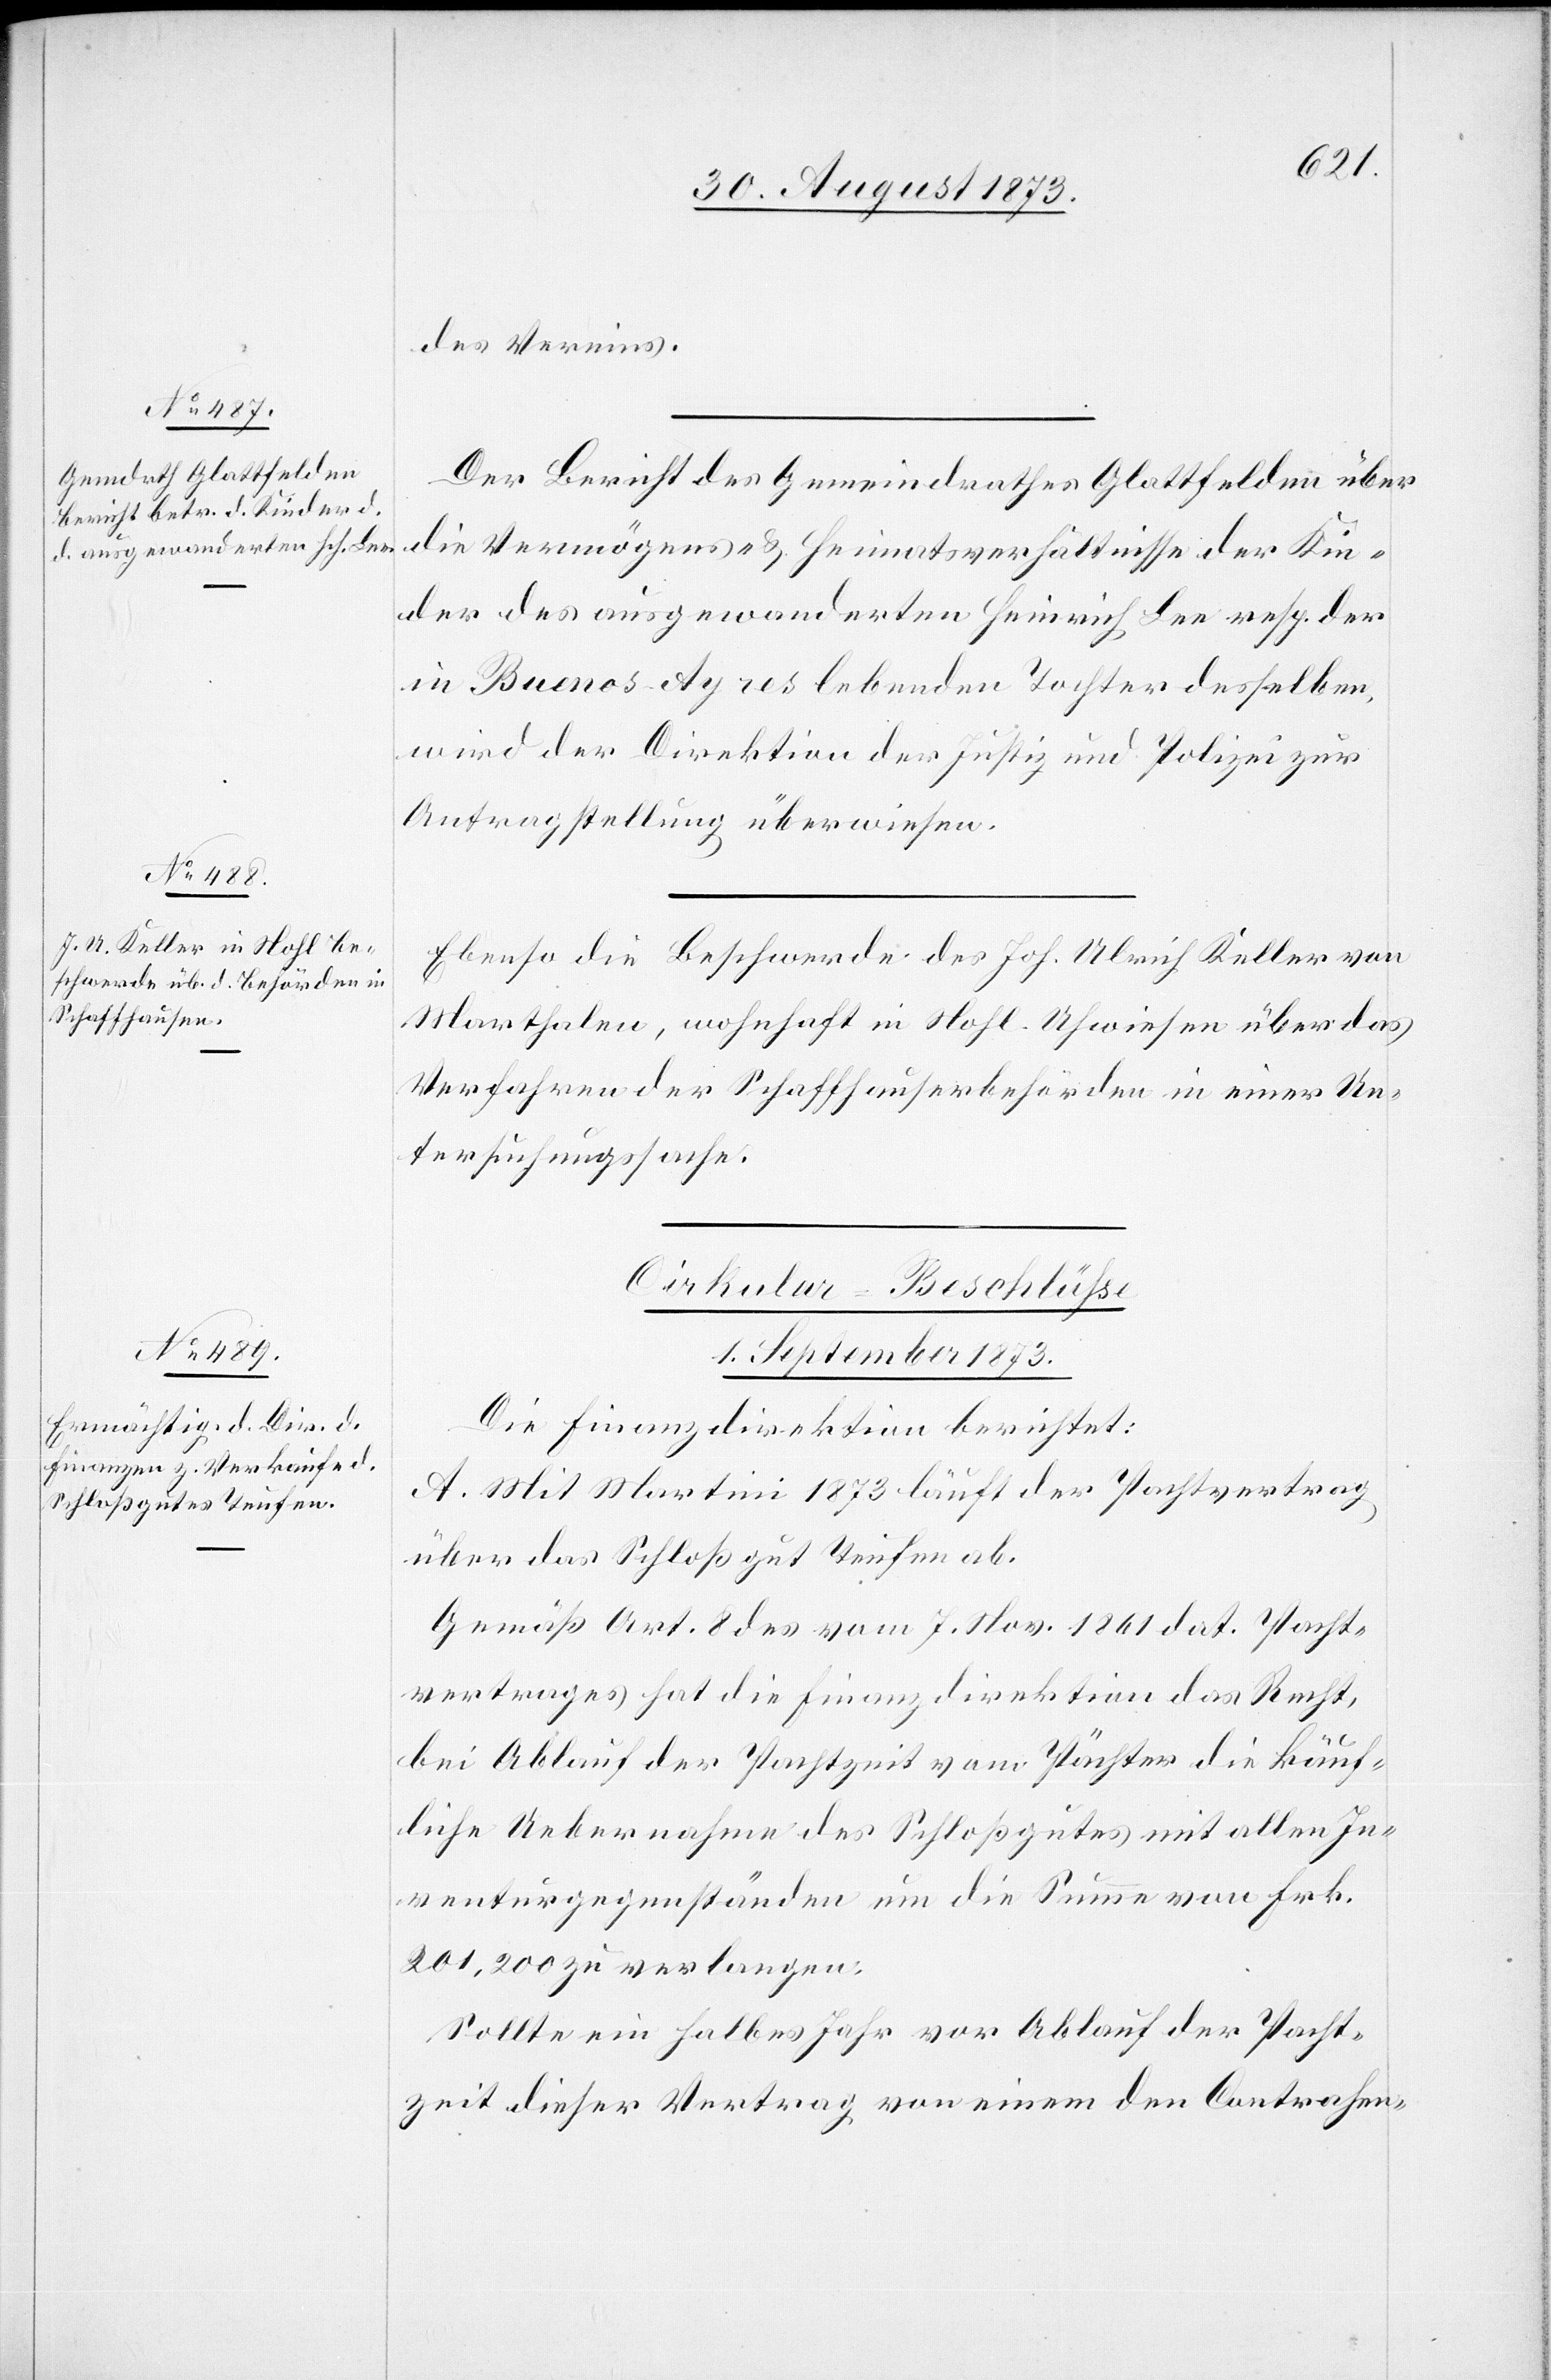
des Vereins.
Der Bericht des Gemeindrathes Glattfelden über
die Vermögens- & Heimatsverhältnisse der Kin¬
der des ausgewanderten Heinrich Lee resp. der
in Buenos-Ayres lebenden Tochter desselben,
wird der Direktion der Justiz und Polizei zur
Antragstellung überwiesen.
Ebenso die Beschwerde des Joh. Ulrich Keller von
Marthalen, wohnhaft in Nohl-Uhwiesen über das
Verfahren der Schaffhauserbehörden in einer Un¬
tersuchungssache.
Cirkular-Beschlüsse
1. September 1873.
Die Finanzdirektion berichtet:
A. Mit Martini 1873 läuft der Pachtvertrag
über das Schloßgut Teufen ab.
Gemäß Art. 8 des vom 7. Nov. 1861 dat. Pacht¬
vertrages hat die Finanzdirektion das Recht,
bei Ablauf der Pachtzeit vom Pächter die käuf¬
liche Uebernahme des Schloßgutes mit allen In¬
venturgegenständen um die Summe von Frk.
201,200 zu verlangen.
Sollte ein halbes Jahr vor Ablauf der Pacht¬
zeit dieser Vertrag von einem den [sic!] Contrahen-